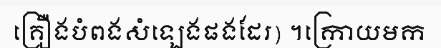
គ្រឿងបំពងសំឡេងផងដែរ) ។ក្រោយមក